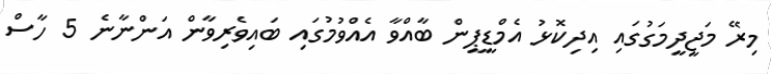
މިރޭ މަޖީދީމަގުގައި އިދިކޮޅު އެމްޑީޕީން ބާއްވާ އެއްވުމުގައި ބައިވެރިވާން އަންނާނެ 5 ހާސް